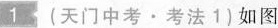
1(天门中考·考法1)如图